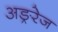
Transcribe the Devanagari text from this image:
अङ्ररेज